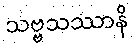
သဗ္ဗသဿာနိ